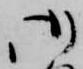
御